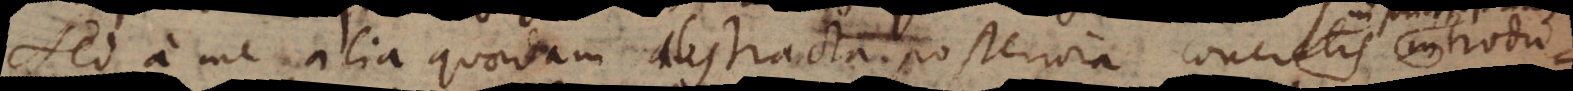
d a me alia quaedam abstracta posteriora concretis in